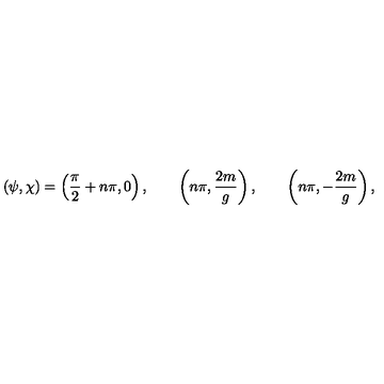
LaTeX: ( \psi , \chi ) = \left( { \frac { \pi } { 2 } } + n \pi , 0 \right) , \qquad \left( n \pi , { \frac { 2 m } { g } } \right) , \qquad \left( n \pi , - { \frac { 2 m } { g } } \right) ,